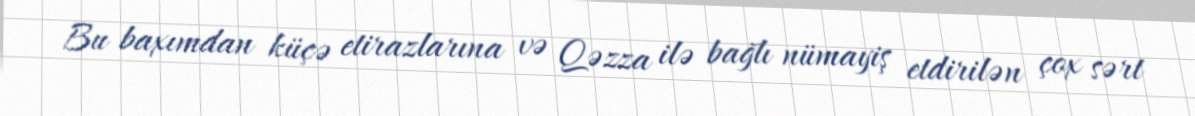
Bu baxımdan küçə etirazlarına və Qəzza ilə bağlı nümayiş etdirilən çox sərt